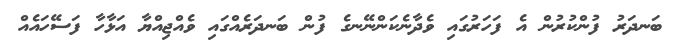
ބަނދަރު ފުންކުރުން އެ ފަހަރުގައި ވެދާނެކަންނޭނގެ ފުން ބަނދަރެއްގައި ވެއްޖިއްޔާ އަޅާހާ ފަސޭހައެއް